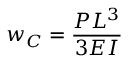
w _ { C } = { \frac { P L ^ { 3 } } { 3 E I } }